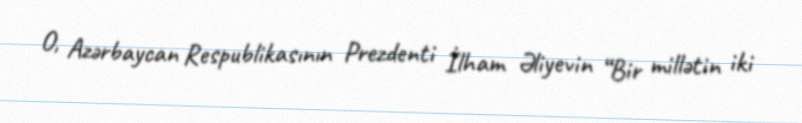
O, Azərbaycan Respublikasının Prezdenti İlham Əliyevin “Bir millətin iki